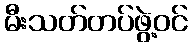
မီးသတ်တပ်ဖွဲ့ဝင်